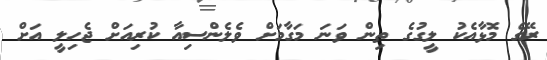
ރޭގެ މޮޅާއެކު ލީގުގެ ތިން ވަނަ މަގާމަށް ވެލެންސިއާ ކުރިއަށް ޖެހިލީ އަށް